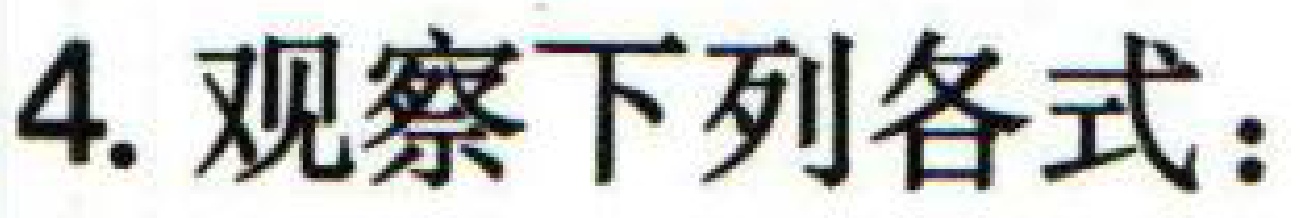
4. 观察下列各式：